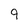
Character: 9